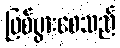
ဖြစ်ပွားစေသည်